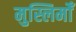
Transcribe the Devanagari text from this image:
मुस्लिमोँ